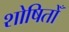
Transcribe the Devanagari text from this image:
शोषितोँ